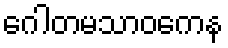
ဂေါတမသာဝကေန